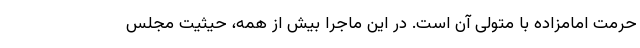
حرمت امامزاده با متولی آن است. در این ماجرا بیش از همه، حیثیت مجلس